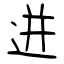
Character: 迸